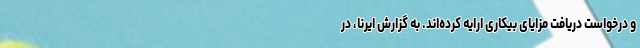
و درخواست دریافت مزایای بیکاری ارایه کرده‌اند. به گزارش ایرنا، در